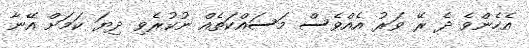
އެހެންވެ ދެ ރޭ ވަރު އެއްވެސް މަސައްކަތެއް ނުކުރެވި ދިޔަ ކަމަށް އޭނާ